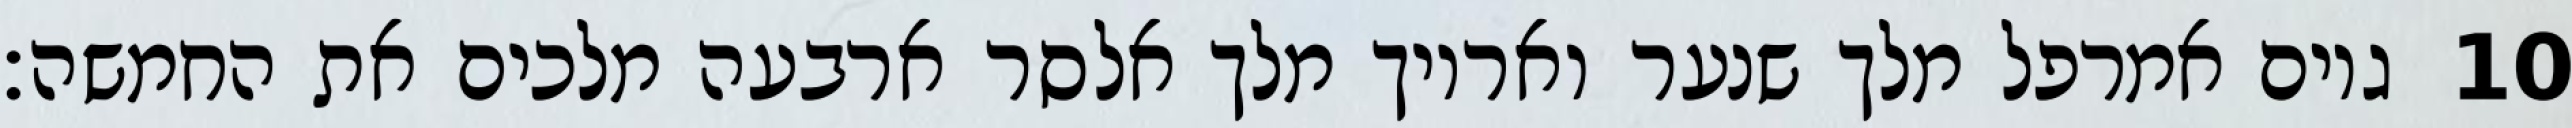
גוים אמרפל מלך שנער ואריוך מלך אלסר ארבעה מלכים את החמשה׃ ‎10‏